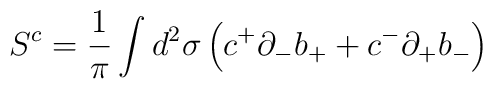
S^c = \frac {1} {\pi} \int d^2 \sigma \left( c^{+} {\partial}_{-}b_{+} + c^{-} {\partial}_{+} b_{-} \right)